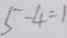
5 - 4 = 1